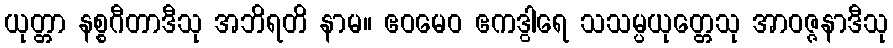
ယုတ္တာ နစ္စဂီတာဒီသု အဘိရတိ နာမ။ ဧဝမေဝ ဧကဒွါရေ သသမ္ပယုတ္တေသု အာဝဇ္ဇနာဒီသု